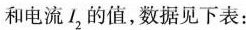
和电流I2的值，数据见下表：